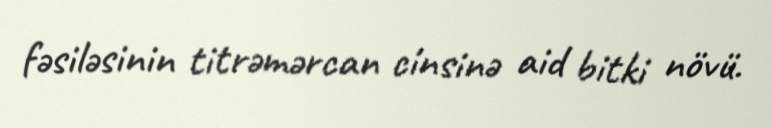
fəsiləsinin titrəmərcan cinsinə aid bitki növü.